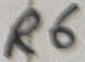
Text: R6